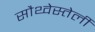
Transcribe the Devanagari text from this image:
सौथ्वेस्तेर्ली